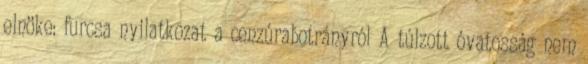
elnöke: furcsa nyilatkozat a cenzúrabotrányról A túlzott óvatosság nem